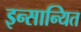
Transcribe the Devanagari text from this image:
इन्सान्यित